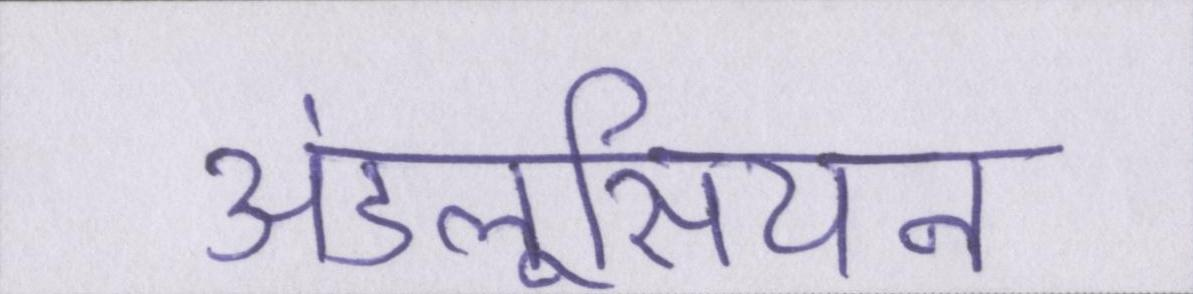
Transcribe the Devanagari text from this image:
अंडलूसियन